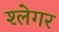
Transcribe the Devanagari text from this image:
श्लेगर